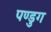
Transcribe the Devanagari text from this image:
पण्डुग